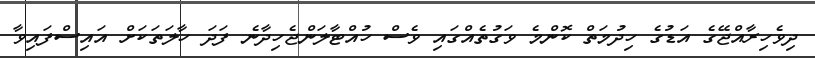
ދިވެހިރާއްޖޭގެ އަޑުގެ ހިދުމަތް ކޮންމެ ވަގުތެއްގައި ވެސް ހުއްޓާލަންޖެހިދާނެ ފަދަ ހާލަތަކަށް އައިސްފައިވާ